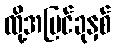
ထို့အပြင်ခုနှစ်